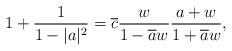
LaTeX: \begin{align*}1+\frac1{1-|a|^2}=\overline{c}\frac{w}{1-\overline{a}w}\frac{a+w}{1+\overline{a}w},\end{align*}